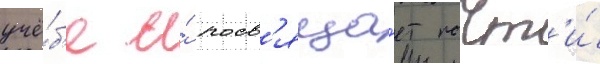
учё́б'е и́ посв'яща́ет почт'и́